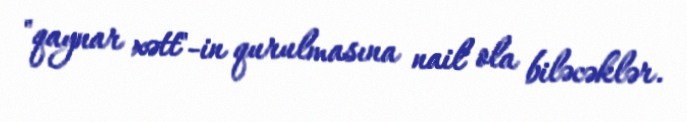
"qaynar xətt"-in qurulmasına nail ola biləcəklər.